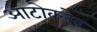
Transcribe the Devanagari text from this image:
आटोक्‍लेव